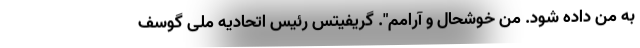
به من داده شود. من خوشحال و آرامم". گریفیتس رئیس اتحادیه ملی گوسف